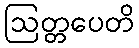
ဩတ္တပေတိ